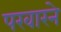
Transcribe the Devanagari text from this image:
पखारने